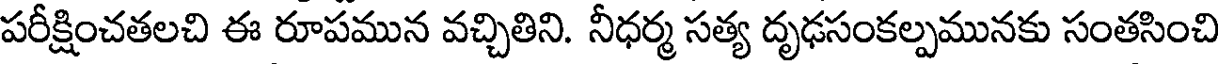
పరీక్షించతలచి ఈ రూపమున వచ్చితిని. నీధర్మ సత్య దృఢసంకల్పమునకు సంతసించి